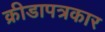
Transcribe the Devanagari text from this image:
क्रीडापत्रकार